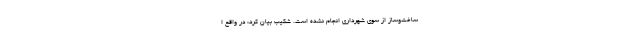
ساخت‌وساز از سوی شهرداری انجام نشده است. شکیب بیان کرد: در واقع ا